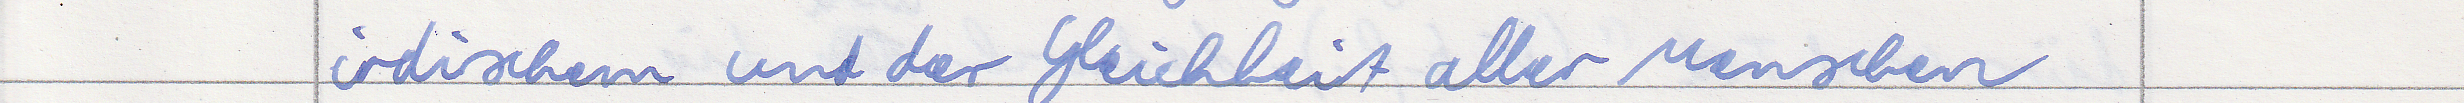
irdischem und der Gleichheit aller Menschen